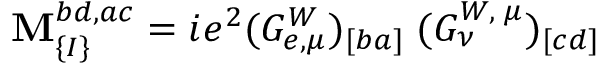
\mathbf { M } _ { \{ I \} } ^ { b d , a c } = i e ^ { 2 } ( G _ { e , \mu } ^ { W } ) _ { [ b a ] } \; ( G _ { \nu } ^ { W , \; \mu } ) _ { [ c d ] }